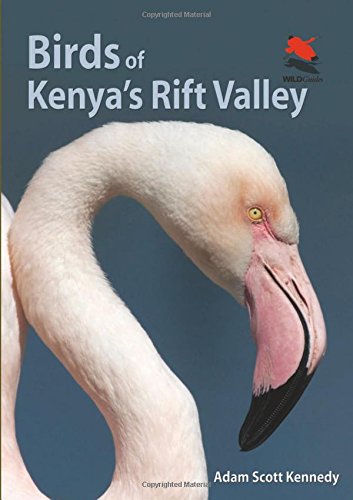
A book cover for Birds of Kenya's Rift Valley (WILDGuides); Adam Scott Kennedy; Travel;